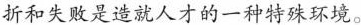
折和失败是造就人才的一种特殊环境。